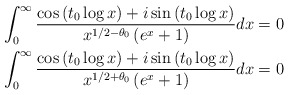
\begin{align*}\begin{aligned}\int_{0}^{\infty} \frac{\cos\left(t_0\log x\right) + i \sin\left(t_0\log x\right)}{x^{1/2-\theta_0}\left(e^{x}+1\right)}dx=0\\\int_{0}^{\infty} \frac{\cos\left(t_0\log x\right) + i \sin\left(t_0\log x\right)}{x^{1/2+\theta_0}\left(e^{x}+1\right)}dx=0\\\end{aligned}\end{align*}